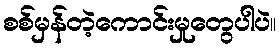
စစ်မှန်တဲ့ကောင်းမှုတွေပါပဲ။